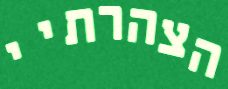
הצהרתיי